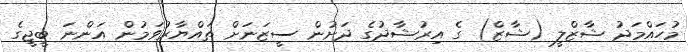
މުހައްމަދު ޝާޒްލީ (ޝާޒް) ގެ އިރުޝާދުގެ ދަށުން ސީޒަނަށް ތައްޔާރުވަމުން އަންނަ ބީޖީގެ